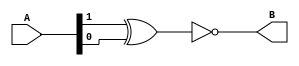
module xnor_gate(input [1:0] A, output B);
    xnor(B,A[1],A[0]);
endmodule